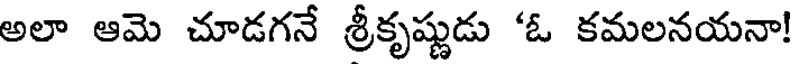
అలా ఆమె చూడగనే శ్రీకృష్ణుడు 'ఓ కమలనయనా!